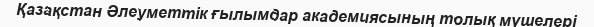
Қазақстан Әлеуметтік ғылымдар академиясының толық мүшелері